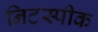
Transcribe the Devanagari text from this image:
निटस्पीक